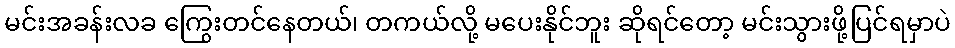
မင်းအခန်းလခ ကြွေးတင်နေတယ်၊ တကယ်လို့ မပေးနိုင်ဘူး ဆိုရင်တော့ မင်းသွားဖို့ပြင်ရမှာပဲ